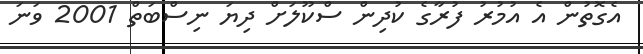
އެގޮތުން އެ އުމުރު ފުރާގެ ކުދިން ސްކޫލަށް ދިޔަ ނިސްބަތް 2001 ވަނަ